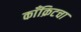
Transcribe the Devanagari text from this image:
काँक्रिटचा